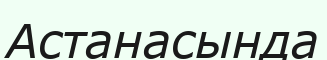
Астанасында